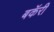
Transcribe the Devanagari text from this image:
बकॅरी